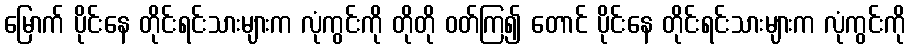
မြောက် ပိုင်းနေ တိုင်းရင်းသားများက လုံကွင်းကို တိုတို ဝတ်ကြ၍ တောင် ပိုင်းနေ တိုင်းရင်းသားများက လုံကွင်းကို